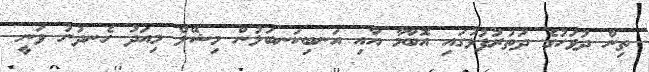
ތިން ދުވަހުގެ ދަތުރުފުޅުގައި އޮބާމާ އާއި އަނބިކަނބަލުން މިޝޭލް މިއަދު ހެނދުނު ވަނީ